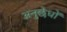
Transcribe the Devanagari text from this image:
अनुछेधों